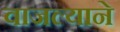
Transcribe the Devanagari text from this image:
वाजल्याने